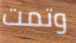
وتمت